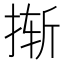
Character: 𰓼